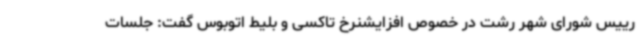
رییس شورای شهر رشت در خصوص افزایشنرخ تاکسی و بلیط اتوبوس گفت: جلسات